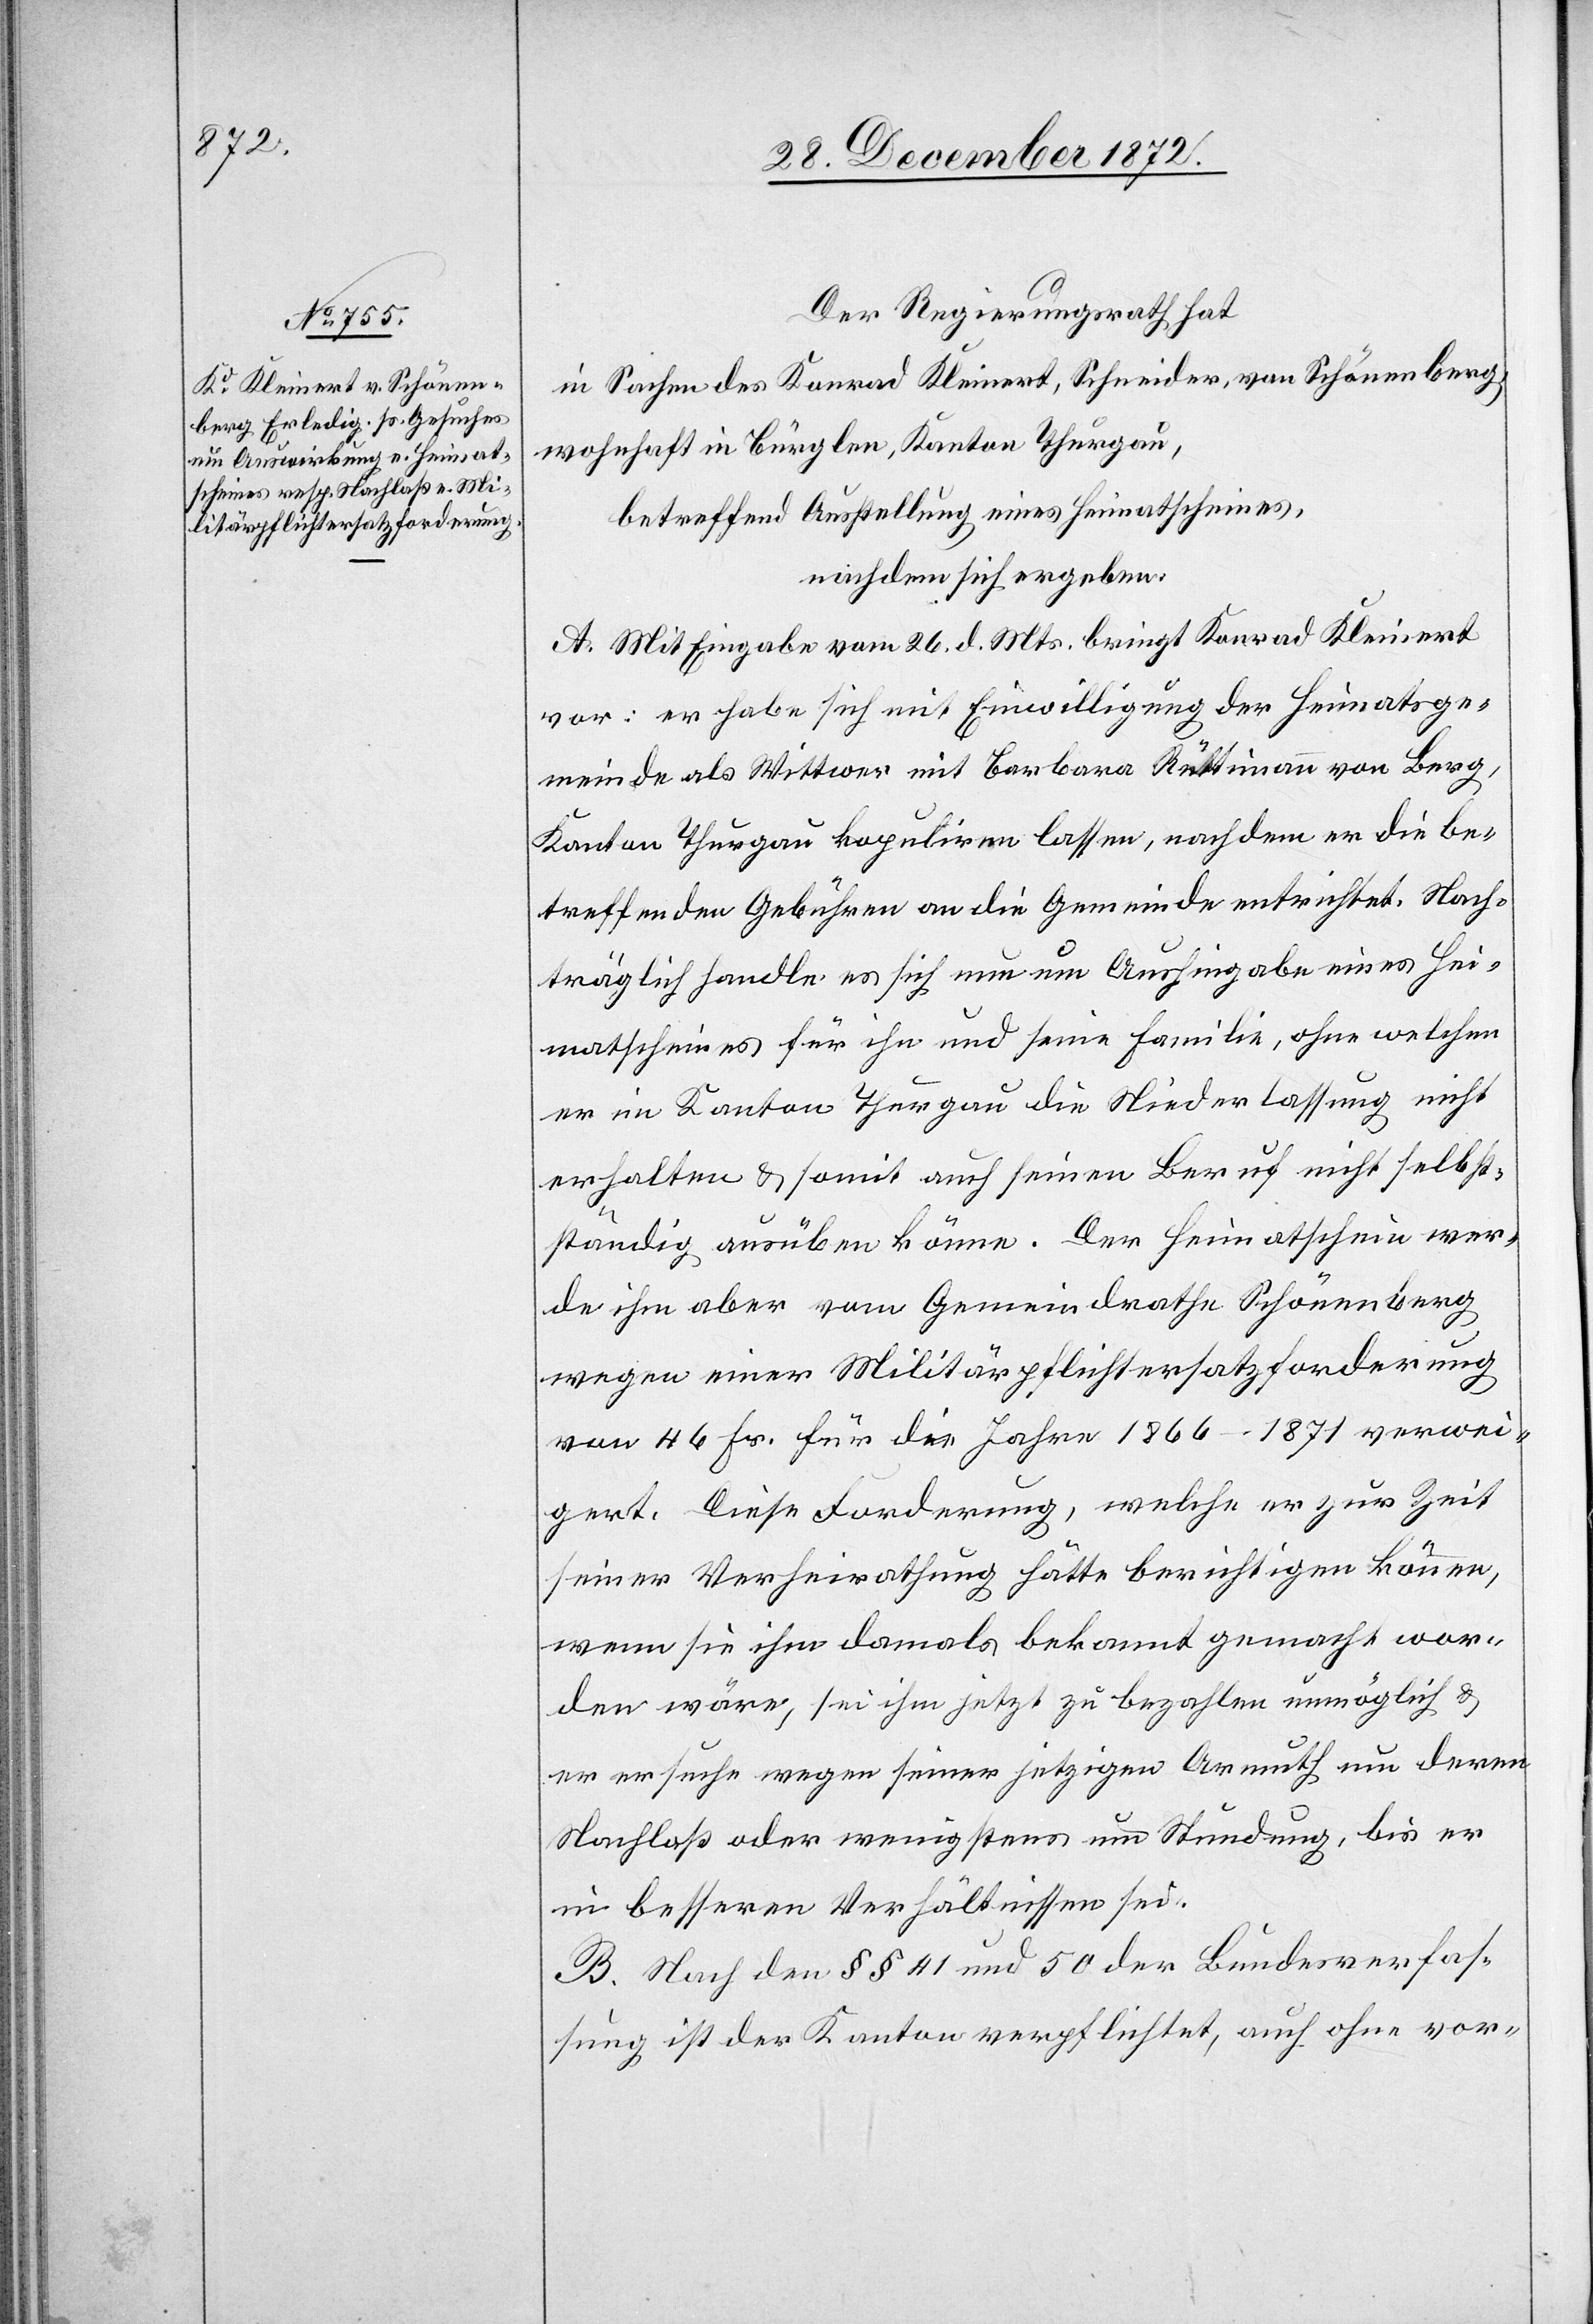
Der Regierungsrath hat
in Sachen des Konrad Kleinert, Schneider, von Schönenberg,
wohnhaft in Bürglen, Kanton Thurgau,
betreffend Ausstellung eines Heimatscheines,
nachdem sich ergeben:
A. Mit Eingabe vom 26. d. Mts. bringt Konrad Kleinert
vor: er habe sich mit Einwilligung der Heimatsge¬
meinde als Wittwer mit Barbara Rüttimann von Berg,
Kanton Thurgau kopuliren lassen, nachdem er die be¬
treffenden Gebühren an die Gemeinde entrichtet. Nach¬
träglich handle es sich nun um Aushingabe eines Hei¬
matscheines für ihn und seine Familie, ohne welchen
er im Kanton Thurgau die Niederlassung nicht
erhalten u. somit auch seinen Beruf nicht selbst¬
ständig ausüben könne. Der Heimatschein wer¬
de ihm aber vom Gemeindrathe Schönenberg
wegen einer Militärpflichtersatzforderung
von 46 Fr. für die Jahre 1866–1871 verwei¬
gert. Diese Forderung, welche er zur Zeit
seiner Verheirathung hätte berichtigen können,
wenn sie ihm damals bekannt gemacht wor¬
den wäre, sei ihm jetzt zu bezahlen unmöglich u.
er ersuche wegen seiner jetzigen Armuth um deren
Nachlaß oder wenigstens um Stundung, bis er
in besseren Verhältnissen sei.
B. Nach den §§ 41 und 50 der Bundesverfas¬
sung ist der Kanton verpflichtet, auch ohne vor-